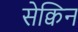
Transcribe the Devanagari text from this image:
सेक्विन